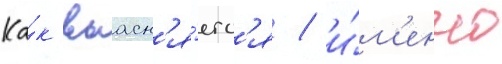
Ка́к выасн'я́етс'я / и́м'енно